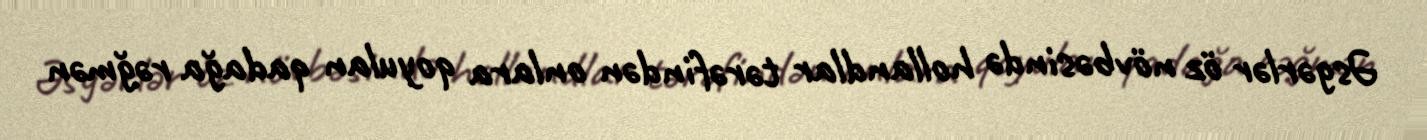
Əsgərlər öz növbəsində hollandlar tərəfindən onlara qoyulan qadağa rəğmən